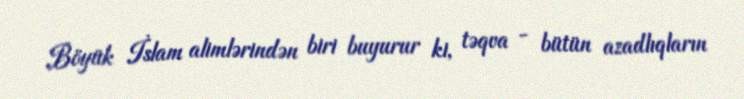
Böyük İslam alimlərindən biri buyurur ki, təqva - bütün azadlıqların